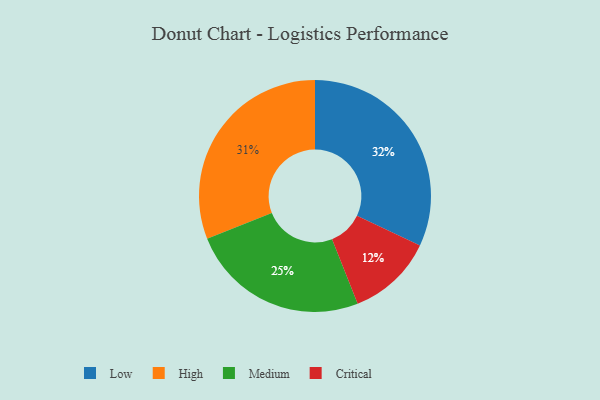
{"axis": {"x": "Category", "y": "Percentage"}, "legend": ["Critical", "High", "Low", "Medium"], "data": [{"x": "High", "y": 31, "type": "High"}, {"x": "Low", "y": 32, "type": "Low"}, {"x": "Critical", "y": 12, "type": "Critical"}, {"x": "Medium", "y": 25, "type": "Medium"}]}